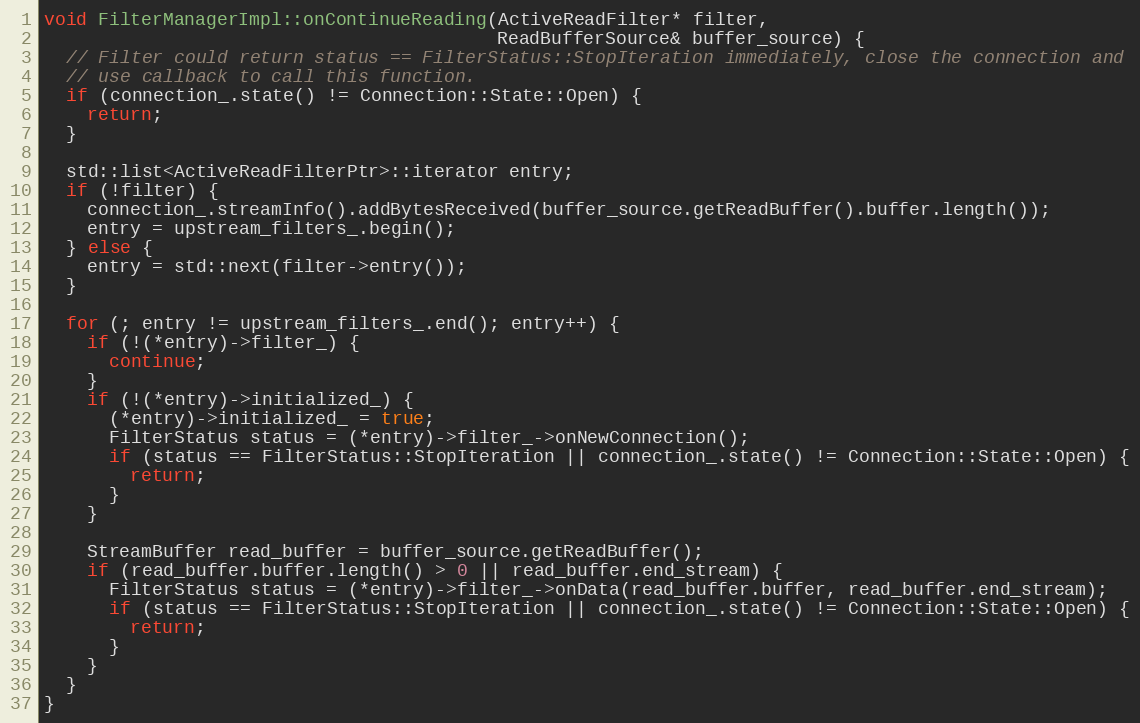
Language: C++
void FilterManagerImpl::onContinueReading(ActiveReadFilter* filter,
                                          ReadBufferSource& buffer_source) {
  // Filter could return status == FilterStatus::StopIteration immediately, close the connection and
  // use callback to call this function.
  if (connection_.state() != Connection::State::Open) {
    return;
  }

  std::list<ActiveReadFilterPtr>::iterator entry;
  if (!filter) {
    connection_.streamInfo().addBytesReceived(buffer_source.getReadBuffer().buffer.length());
    entry = upstream_filters_.begin();
  } else {
    entry = std::next(filter->entry());
  }

  for (; entry != upstream_filters_.end(); entry++) {
    if (!(*entry)->filter_) {
      continue;
    }
    if (!(*entry)->initialized_) {
      (*entry)->initialized_ = true;
      FilterStatus status = (*entry)->filter_->onNewConnection();
      if (status == FilterStatus::StopIteration || connection_.state() != Connection::State::Open) {
        return;
      }
    }

    StreamBuffer read_buffer = buffer_source.getReadBuffer();
    if (read_buffer.buffer.length() > 0 || read_buffer.end_stream) {
      FilterStatus status = (*entry)->filter_->onData(read_buffer.buffer, read_buffer.end_stream);
      if (status == FilterStatus::StopIteration || connection_.state() != Connection::State::Open) {
        return;
      }
    }
  }
}